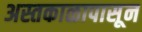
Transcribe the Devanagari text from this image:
अस्तकाळापासून